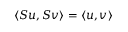
\langle S u , S v \rangle = \langle u , v \rangle